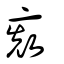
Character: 𠅨